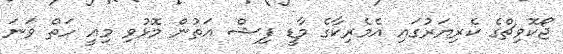
ޖޯކޮވިޗްގެ ކެރިޔަރުގައި އެމެރިކާގެ މާޑީ ފިޝް އަތުން މޮޅުވި މިއީ ހަތް ވަނަ